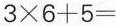
$$3 \times 6 + 5 =$$